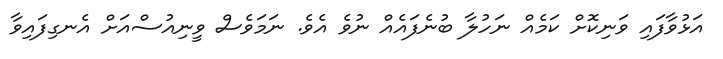
އަޅުވާފައި ވަނިކޮށް ކަމެއް ނަހުލާ ބުނެފައެއް ނުވެ އެވެ. ނަމަވެސް ވީނިއުސްއަށް އެނގިފައިވާ